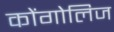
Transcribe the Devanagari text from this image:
कोंगोलिज